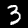
Digit: 3